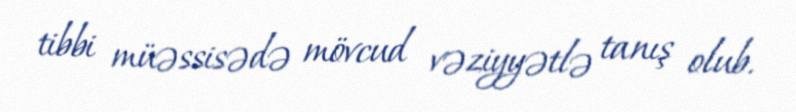
tibbi müəssisədə mövcud vəziyyətlə tanış olub.